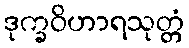
ဒုက္ခဝိဟာရသုတ္တံ